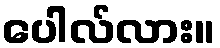
ပေါလ်လား။